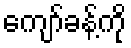
ကျော်ခန့်ကို